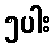
၅ပါး